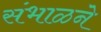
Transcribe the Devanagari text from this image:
संभाळने